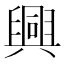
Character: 興